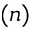
( n )